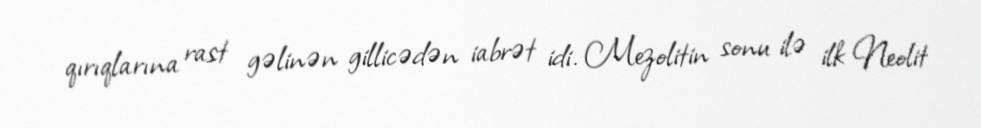
qırıqlarına rast gəlinən gillicədən iabrət idi. Mezolitin sonu ilə ilk Neolit